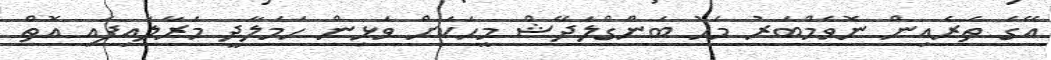
އޭގެ ތެރެއިން ނޮވެމްބަރު މަހު ބަންގްލަދޭޝް މީހަކަށް ވަޅިން ހަމަލާދީ މަރާލައިފައި އޮތް